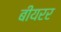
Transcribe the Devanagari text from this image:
बीयरर